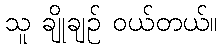
သူ ချိုချဉ် ဝယ်တယ်။